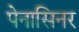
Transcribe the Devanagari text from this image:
पेनासिनर